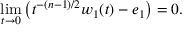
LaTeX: \operatorname * { l i m } _ { t \rightarrow 0 } \left( t ^ { - ( n - 1 ) / 2 } w _ { 1 } ( t ) - e _ { 1 } \right) = 0 .